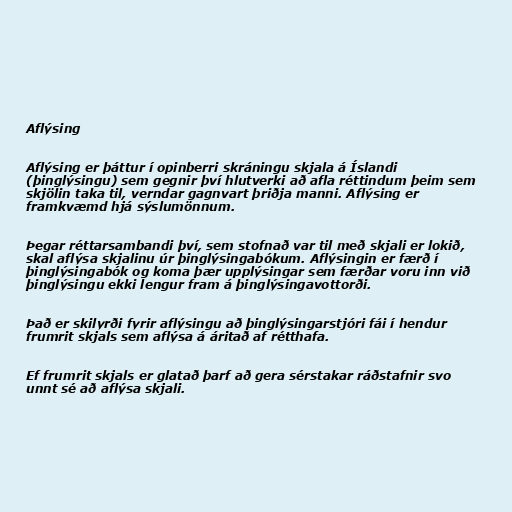
Aflýsing

Aflýsing er þáttur í opinberri skráningu skjala á Íslandi
(þinglýsingu) sem gegnir því hlutverki að afla réttindum þeim sem
skjölin taka til, verndar gagnvart þriðja manni. Aflýsing er
framkvæmd hjá sýslumönnum.

Þegar réttarsambandi því, sem stofnað var til með skjali er lokið,
skal aflýsa skjalinu úr þinglýsingabókum. Aflýsingin er færð í
þinglýsingabók og koma þær upplýsingar sem færðar voru inn við
þinglýsingu ekki lengur fram á þinglýsingavottorði.

Það er skilyrði fyrir aflýsingu að þinglýsingarstjóri fái í hendur
frumrit skjals sem aflýsa á áritað af rétthafa.

Ef frumrit skjals er glatað þarf að gera sérstakar ráðstafnir svo
unnt sé að aflýsa skjali.